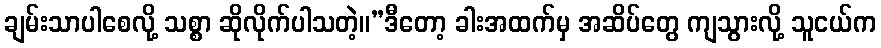
ချမ်းသာပါစေလို့ သစ္စာ ဆိုလိုက်ပါသတဲ့။”ဒီတော့ ခါးအထက်မှ အဆိပ်တွေ ကျသွားလို့ သူငယ်က